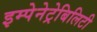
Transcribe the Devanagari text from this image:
इम्पेनेट्रेबिलिटी